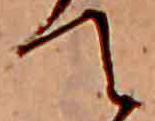
て